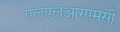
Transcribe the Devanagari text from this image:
एलएलआरएमसी